Annual report of the Punjab Veterinary College and of the Civil Veterinary Department, Punjab - 1920-1925
Year: 1920
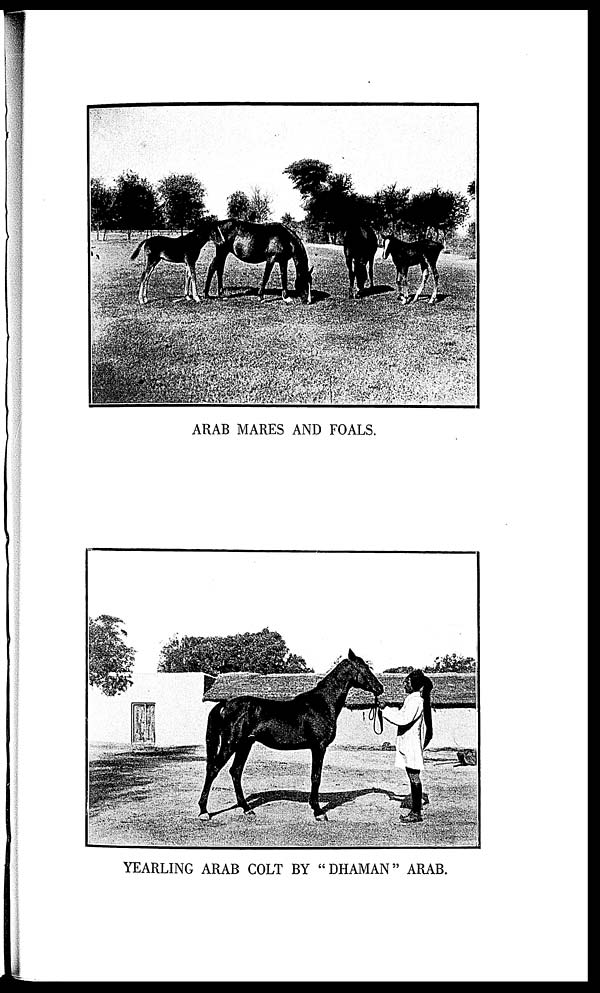
ARAB MARES AND FOALS.
YEARLING ARAB COLT BY "DHAMAN" ARAB.